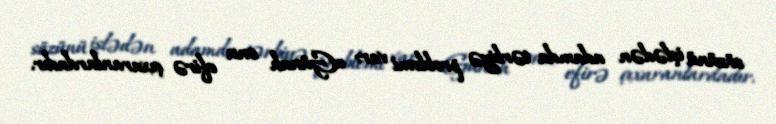
sözünü işlədən adamda tərbiyə problemi var: «Günah onu efirə çıxaranlardadır.